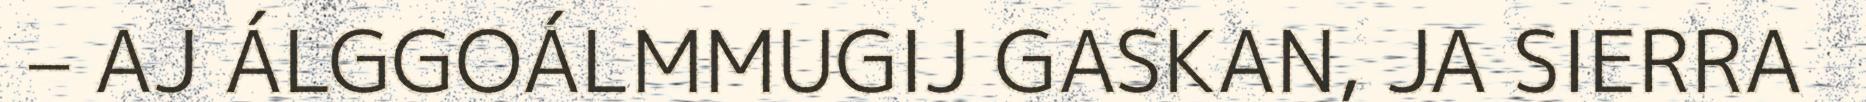
– AJ ÁLGGOÁLMMUGIJ GASKAN, JA SIERRA